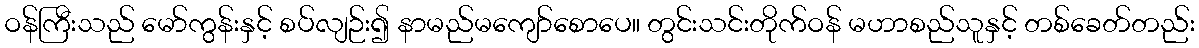
ဝန်ကြီးသည် မော်ကွန်းနှင့် စပ်လျဉ်း၍ နာမည်မကျော်စောပေ။ တွင်းသင်းတိုက်ဝန် မဟာစည်သူနှင့် တစ်ခေတ်တည်း